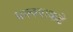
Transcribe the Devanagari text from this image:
धक्क्याकडे